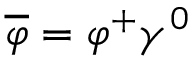
\overline { { \varphi } } = \varphi ^ { + } \gamma ^ { 0 }